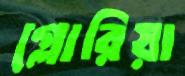
গ্লোরিয়া